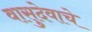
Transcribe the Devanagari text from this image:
वासुदेवाचे